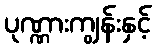
ပုဏ္ဏားကျွန်းနှင့်